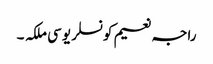
راجہ نعیم کونسلر یو سی ملکہ ۔